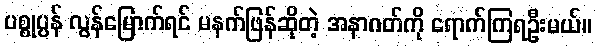
ပစ္စုပ္ပန် လွန်မြောက်ရင် မနက်ဖြန်ဆိုတဲ့ အနာဂတ်ကို ရောက်ကြရဦးမယ်။